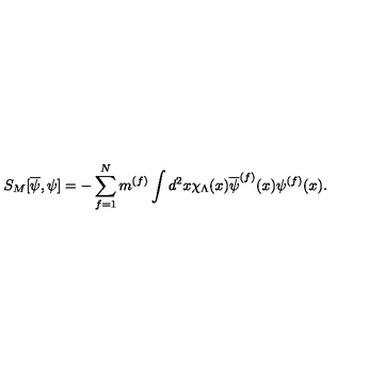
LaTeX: S _ { M } [ \overline { { \psi } } , \psi ] = - \sum _ { f = 1 } ^ { N } m ^ { ( f ) } \int d ^ { 2 } x \chi _ { \Lambda } ( x ) \overline { { \psi } } ^ { ( f ) } ( x ) \psi ^ { ( f ) } ( x ) .